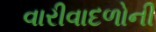
વારીવાદળોની